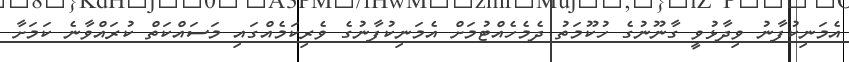
އެމަނިކުފާނު ވިދާޅުވީ ގާނޫނުގެ ހުކޫމަތު ދެމެހެއްޓުމަށް އެމަނިކުފާނުގެ ވެރިކަމެއްގައި މަސައްކަތް ކުރައްވާނެ ކަމަށާ